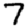
Digit: 7